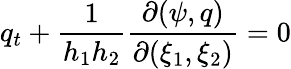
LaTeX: q_{t}+\frac{1}{h_{1}h_{2}}\frac{\partial(\psi,q)}{\partial(\xi_{1},\xi_{2})}=0